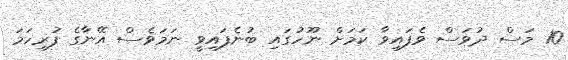
10 މަސް ދުވަސް ވެފައިވާ ކަމަށް ނޫހުގައި ބުނެފައިވީ ނަމަވެސް އޭނާގެ ފުރިހަމަ